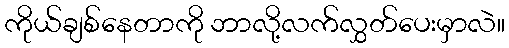
ကိုယ်ချစ်နေတာကို ဘာလို့လက်လွှတ်ပေးမှာလဲ။